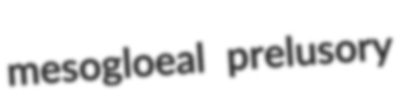
mesogloeal prelusory